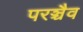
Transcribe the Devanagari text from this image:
परञ्चैव